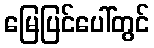
မြေပြင်ပေါ်တွင်